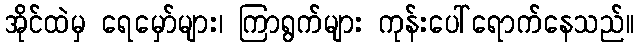
အိုင်ထဲမှ ရေမှော်များ၊ ကြာရွက်များ ကုန်းပေါ်ရောက်နေသည်။